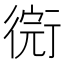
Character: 𢕋